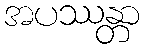
အပဿန္တာ